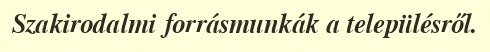
Szakirodalmi forrásmunkák a településről.